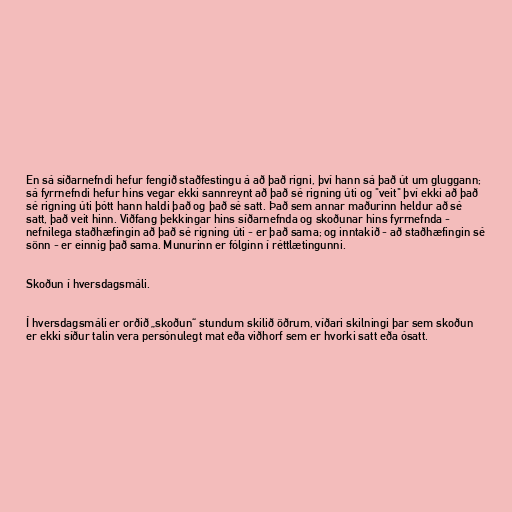
En sá síðarnefndi hefur fengið staðfestingu á að það rigni, því hann sá það út um gluggann;
sá fyrrnefndi hefur hins vegar ekki sannreynt að það sé rigning úti og "veit" því ekki að það
sé rigning úti þótt hann haldi það og það sé satt. Það sem annar maðurinn heldur að sé
satt, það veit hinn. Viðfang þekkingar hins síðarnefnda og skoðunar hins fyrrnefnda -
nefnilega staðhæfingin að það sé rigning úti - er það sama; og inntakið - að staðhæfingin sé
sönn - er einnig það sama. Munurinn er fólginn í réttlætingunni.

Skoðun í hversdagsmáli.

Í hversdagsmáli er orðið „skoðun“ stundum skilið öðrum, víðari skilningi þar sem skoðun
er ekki síður talin vera persónulegt mat eða viðhorf sem er hvorki satt eða ósatt.